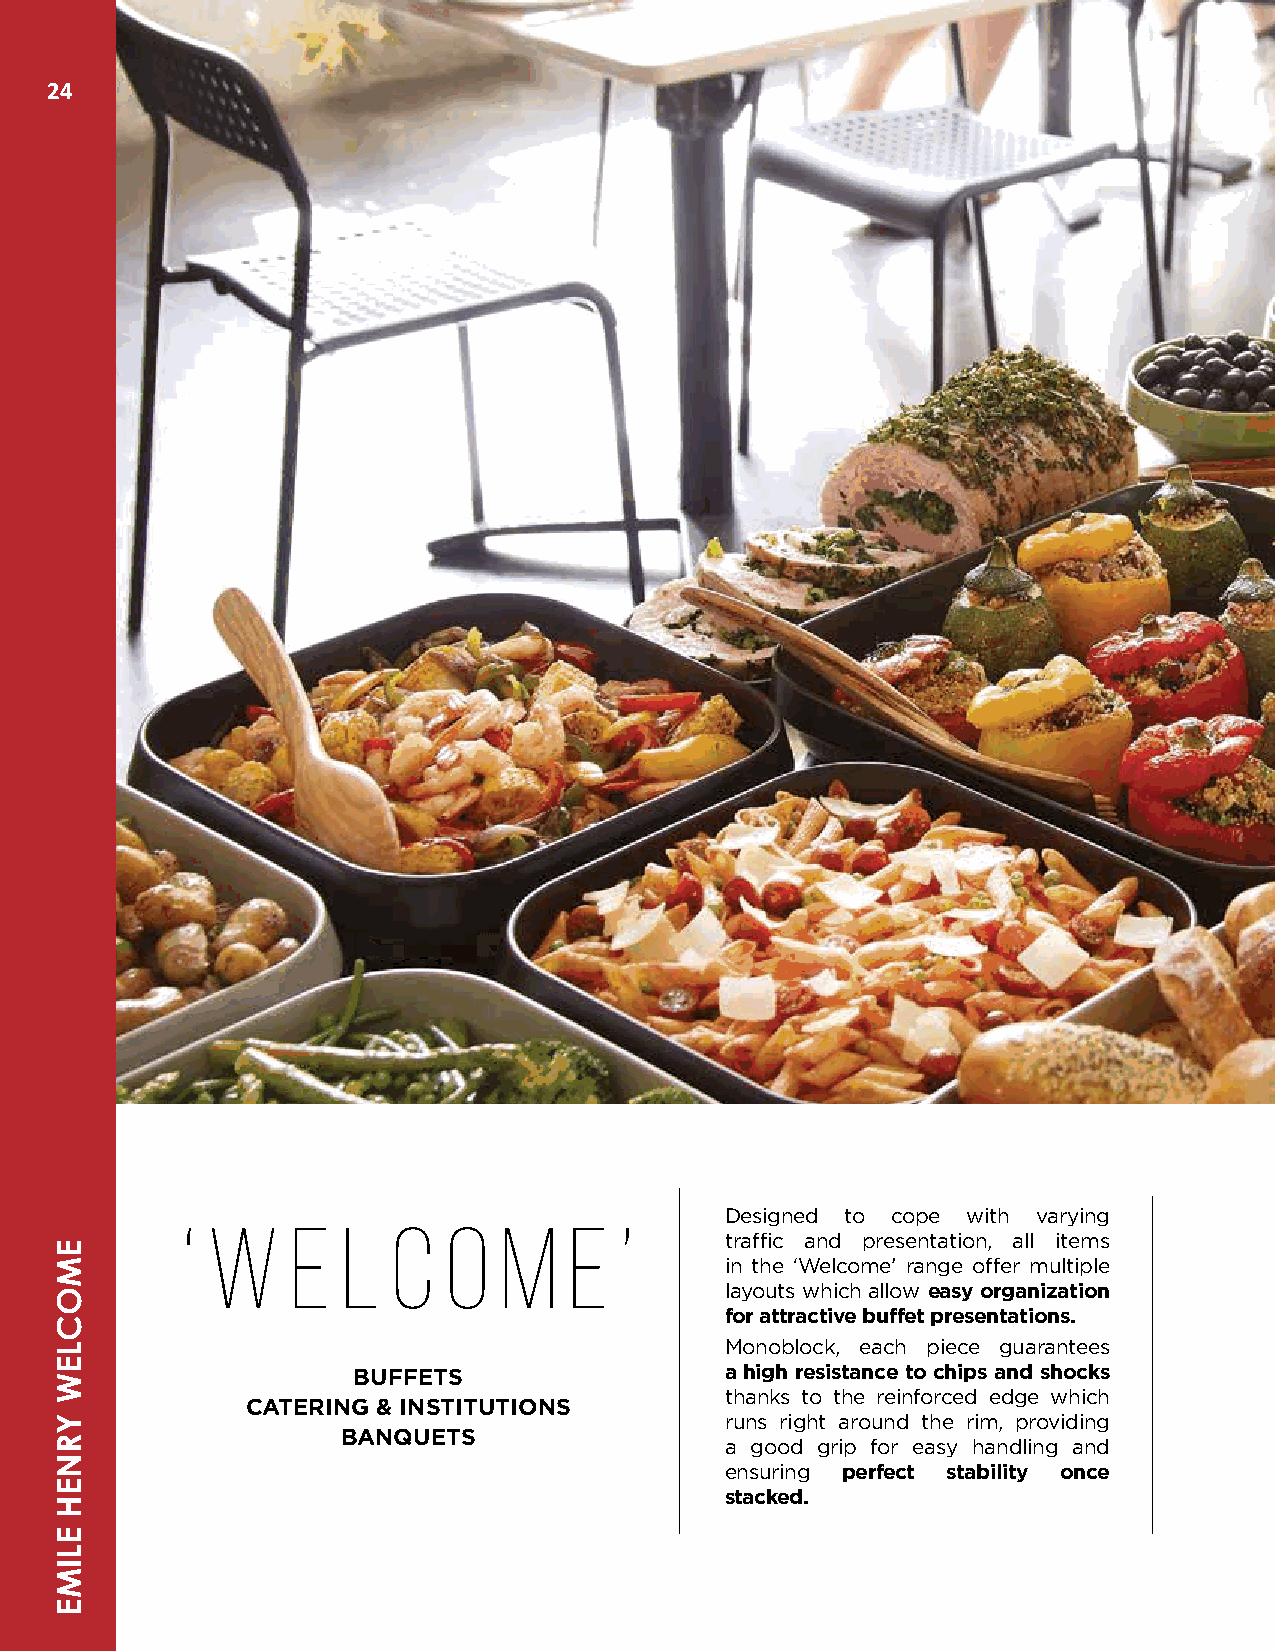
24
 ‘ W    E   L  C   O  M    E  ’      Designed to cope with varying
 traffic and presentation, all items
 in the ‘Welcome’ range offer multiple
 layouts which allow easy organization
 for attractive buffet presentations.
 Monoblock, each piece guarantees
 BUFFETS                  a high resistance to chips and shocks
 thanks to the reinforced edge which
 CATERING & INSTITUTIONS
 runs right around the rim, providing
 BANQUETS
 a good grip for easy handling and
 ensuring perfect stability once
 stacked.
 EMOCLEW
 YRNEH
 ELIME